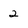
Character: 2